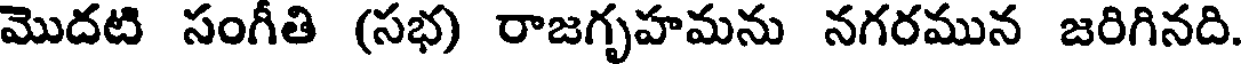
మొదటి సంగీతి (సభ) రాజగృహమను నగరమున జరిగినది.